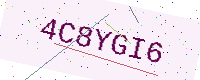
Text: 4C8YGI6